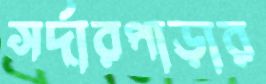
সর্দারপাড়ার